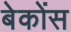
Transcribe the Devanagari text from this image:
बेकोंस